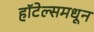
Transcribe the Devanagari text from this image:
हॉटेल्समधून